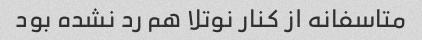
متاسفانه از کنار نوتلا هم رد نشده بود